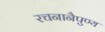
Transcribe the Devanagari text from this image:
रचनानैपुण्य